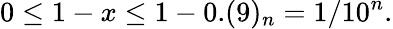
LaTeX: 0\leq 1-x\leq 1-0.(9)_{n}=1/10^{n}.